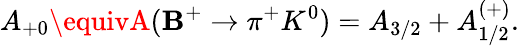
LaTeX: {A}_{+0}\equivA({\mathbf{B}}^{+}\rightarrow{\pi}^{+}{K}^{0})={A}_{3/2}+{A}_{1/2}^{(+)}.